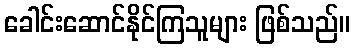
ခေါင်းဆောင်နိုင်ကြသူများ ဖြစ်သည်။